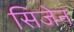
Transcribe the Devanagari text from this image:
सिजेन